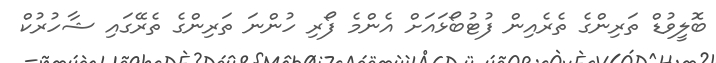
ބޮލީވުޑް ތަރިންގެ ތެރެއިން ފުޓުބޯޅައަށް އެންމެ ފޯރި ހުންނަ ތަރިންގެ ތެރޭގައި ޝާހުރުކް